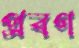
প্রবণ